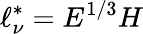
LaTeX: \ell_{\nu}^{*}=E^{1/3}H